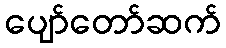
ပျော်တော်ဆက်